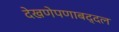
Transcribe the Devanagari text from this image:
देखणेपणाबद्दल